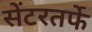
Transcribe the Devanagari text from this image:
सेंटरतर्फे